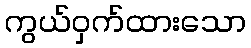
ကွယ်ဝှက်ထားသော